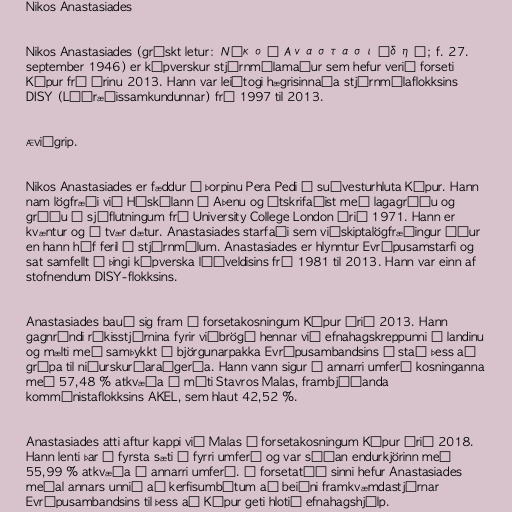
Nikos Anastasiades

Nikos Anastasiades (grískt letur: Νίκος Αναστασιάδης; f. 27.
september 1946) er kýpverskur stjórnmálamaður sem hefur verið forseti
Kýpur frá árinu 2013. Hann var leiðtogi hægrisinnaða stjórnmálaflokksins
DISY (Lýðræðissamkundunnar) frá 1997 til 2013.

Æviágrip.

Nikos Anastasiades er fæddur í þorpinu Pera Pedi á suðvesturhluta Kýpur. Hann
nam lögfræði við Háskólann í Aþenu og útskrifaðist með lagagráðu og
gráðu í sjóflutningum frá University College London árið 1971. Hann er
kvæntur og á tvær dætur. Anastasiades starfaði sem viðskiptalögfræðingur áður
en hann hóf feril í stjórnmálum. Anastasiades er hlynntur Evrópusamstarfi og
sat samfellt á þingi kýpverska lýðveldisins frá 1981 til 2013. Hann var einn af
stofnendum DISY-flokksins.

Anastasiades bauð sig fram í forsetakosningum Kýpur árið 2013. Hann
gagnrýndi ríkisstjórnina fyrir viðbrögð hennar við efnahagskreppunni í landinu
og mælti með samþykkt á björgunarpakka Evrópusambandsins í stað þess að
grípa til niðurskurðaraðgerða. Hann vann sigur í annarri umferð kosninganna
með 57,48 % atkvæða á móti Stavros Malas, frambjóðanda
kommúnistaflokksins AKEL, sem hlaut 42,52 %.

Anastasiades atti aftur kappi við Malas í forsetakosningum Kýpur árið 2018.
Hann lenti þar í fyrsta sæti í fyrri umferð og var síðan endurkjörinn með
55,99 % atkvæða í annarri umferð. Á forsetatíð sinni hefur Anastasiades
meðal annars unnið að kerfisumbótum að beiðni framkvæmdastjórnar
Evrópusambandsins til þess að Kýpur geti hlotið efnahagshjálp.